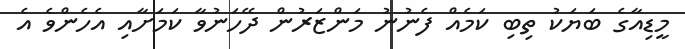
މީޑިއާގެ ބަޔަކު ތިބި ކަމެއް ފެނުނު މަންޒަރުން ދޭހަނުވާ ކަމަށާއި އެހެންވެ އެ